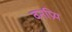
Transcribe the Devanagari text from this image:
वनप्रिय